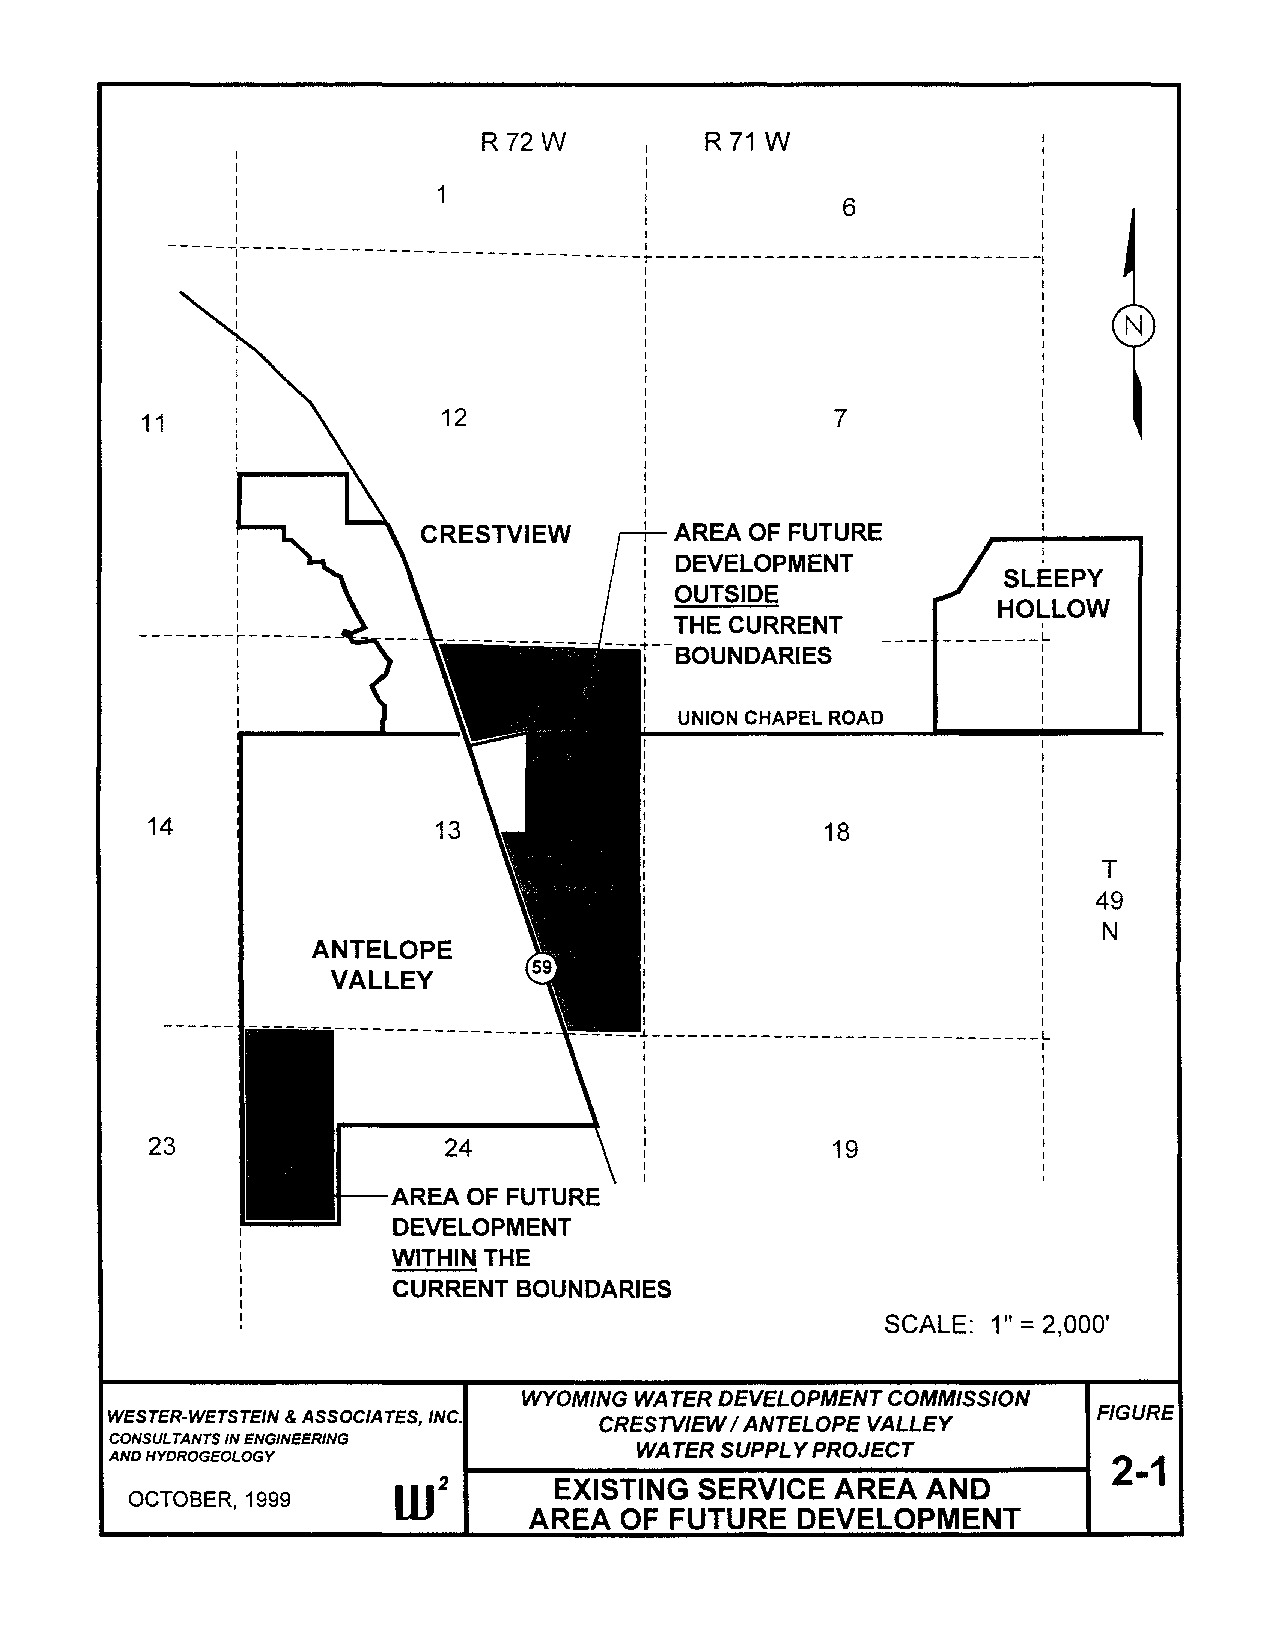
R72W           R71 W                 I
 I
 I
 I
 1                                       I
 6            I
 I
 I
 -----II ---------------------------______ I __________________ :I
 ~--------------
 11                  12                        7
 CRESTVIEW        AREA OF FUTURE
 I
 I                          :I DEVELOPMENT
 I                                                  SLEEPY
 I
 I                          : OUTSIDE
 I                                                 HOLLOW
 --------rI I -------              :I THE CURRENT      ________ IL
 I                     -  --~--BOUNDARIES             I
 I                                                    I
 I                          I                         I
 I                          I                         I
 I                          I                         I
 I I                        : UNION CHAPEL ROAD       I I
 14                 13                        18
 T
 49
 N
 I
 ANTELOPE              I
 I
 VALLEY               I
 I
 I
 I
 ------I= -·-----------------------_________ I
 L
 I                         I
 I                         I
 I                         I
 I
 I
 I
 I
 I
 23                  24           I           19
 I
 I
 I
 AREA OF FUTURE
 DEVELOPMENT
 WITHIN THE
 CURRENT BOUNDARIES
 =
 SCALE: 1" 2,000'
 WYOMING WA TER DEVELOPMENT COMMISSION
 WESTER-WETSTEIN & ASSOCIATES, INC. CRESTVIEW / ANTELOPE VALLEY    FIGURE
 CONSULTANTS IN ENGINEERING
 WATER SUPPL Y PROJECT
 AND HYDROGEOLOGY                                                   2-1
 W2         EXISTING SERVICE  AREA  AND
 OCTOBER, 1999
 AREA  OF FUTURE   DEVELOPMENT